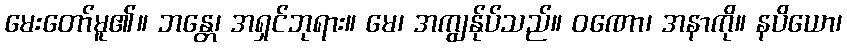
မေးတော်မူ၏။ ဘန္တေ၊ အရှင်ဘုရား။ မေ၊ အကျွန်ုပ်သည်။ ဝဏော၊ အနာကို။ နပိယော၊